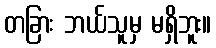
တခြား ဘယ်သူမှ မရှိဘူး။